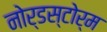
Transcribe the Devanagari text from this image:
नोर्डस्टोर्म